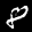
Label: 8